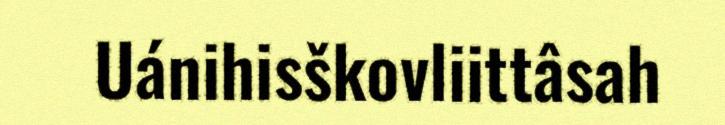
Uánihisškovliittâsah